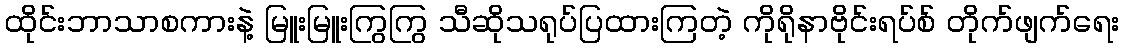
ထိုင်းဘာသာစကားနဲ့ မြူးမြူးကြွကြွ သီဆိုသရုပ်ပြထားကြတဲ့ ကိုရိုနာဗိုင်းရပ်စ် တိုက်ဖျက်ရေး